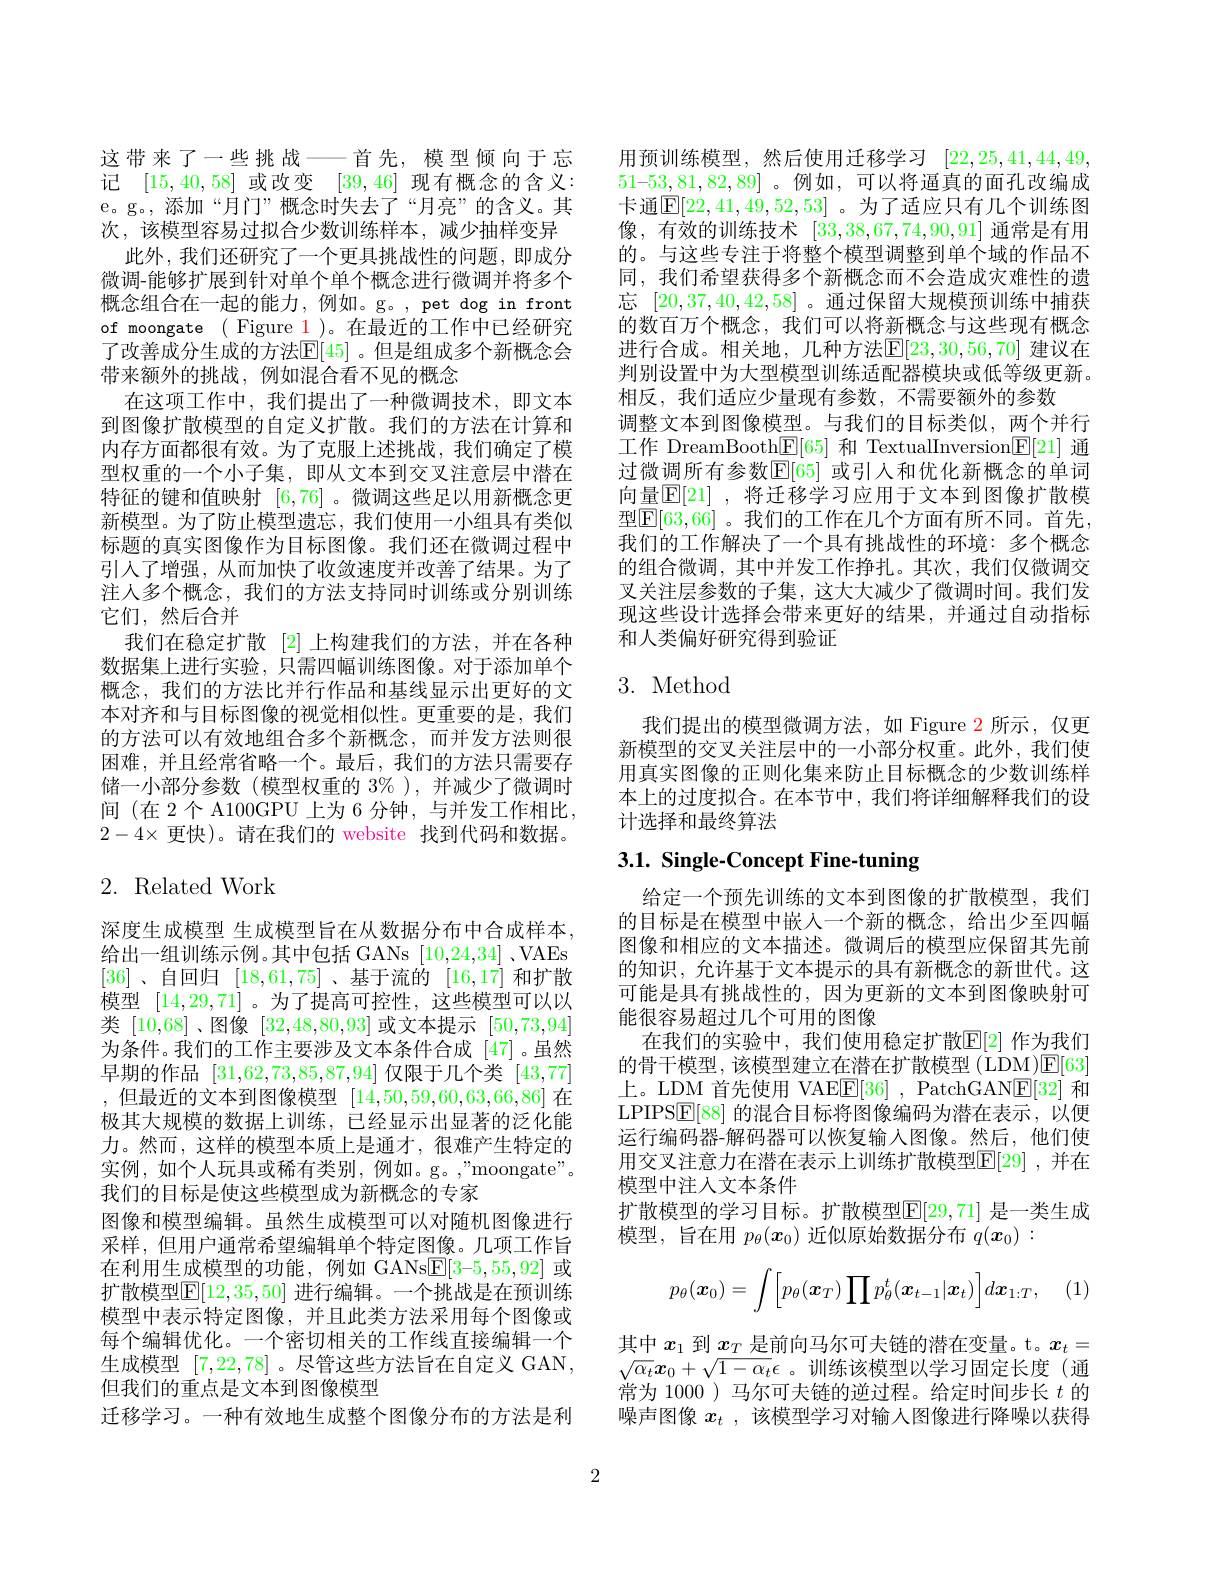
这带来了一些挑战——首先，模型倾向于忘记[15,40,58]或改变[39,46]现有概念的含义： e。g。,添加“月门”概念时失去了“月亮”的含义。其次，该模型容易过拟合少数训练样本，减少抽样变异
此外，我们还研究了一个更具挑战性的问题，即成分微调-能够扩展到针对单个单个概念进行微调并将多个概念组合在一起的能力，例如。g。,pet dog in front of moongate ( Figure 1)。在最近的工作中已经研究了改善成分生成的方法$\mathbb{E}[45]$ 。但是组成多个新概念会带来额外的挑战，例如混合看不见的概念
在这项工作中，我们提出了一种微调技术，即文本到图像扩散模型的自定义扩散。我们的方法在计算和内存方面都很有效。为了克服上述挑战，我们确定了模型权重的一个小子集，即从文本到交叉注意层中潜在特征的键和值映射[6,76] 。微调这些足以用新概念更新模型。为了防止模型遗忘，我们使用一小组具有类似标题的真实图像作为目标图像。我们还在微调过程中引入了增强，从而加快了收敛速度并改善了结果。为了注人多个概念，我们的方法支持同时训练或分别训练它们，然后合并
我们在稳定扩散 [2] 上构建我们的方法，并在各种数据集上进行实验，只需四幅训练图像。对于添加单个概念，我们的方法比并行作品和基线显示出更好的文本对齐和与目标图像的视觉相似性。更重要的是，我们的方法可以有效地组合多个新概念，而并发方法则很困难，并且经常省略一个。最后，我们的方法只需要存储一小部分参数(模型权重的$3\%)$,并减少了微调时间 (在 2 个 A100GPU 上为 6 分钟，与并发工作相比， $2-4\times$更快)。请在我们的 website 找到代码和数据。

# 2. Related Work

深度生成模型 生成模型旨在从数据分布中合成样本， 给出一组训练示例。其中包括 GANs [10,24,34] 、VAEs [36]、自回归[18,61,75] 、基于流的[16,17]和扩散模型[14,29,71] 。为了提高可控性，这些模型可以以类[10,68] 、图像[32,48,80,93]或文本提示[50,73,94] 为条件。我们的工作主要涉及文本条件合成[47]。虽然早期的作品[31,62,73,85,87,94]仅限于几个类[43,77] ,但最近的文本到图像模型 [14,50,59,60,63,66,86] 在极其大规模的数据上训练，已经显示出显著的泛化能力。然而，这样的模型本质上是通才，很难产生特定的实例，如个人玩具或稀有类别，例如。g。"moongate"。我们的目标是使这些模型成为新概念的专家
图像和模型编辑。虽然生成模型可以对随机图像进行采样，但用户通常希望编辑单个特定图像。几项工作旨在利用生成模型的功能，例如 GANs$\boxed{\mathrm{F}}[3-5,55,92]$或扩散模型$\mathbb{E}[12,35,50]$ 进行编辑。一个挑战是在预训练模型中表示特定图像，并且此类方法采用每个图像或每个编辑优化。一个密切相关的工作线直接编辑一个生成模型[7,22,78] 。尽管这些方法旨在自定义 GAN, 但我们的重点是文本到图像模型
迁移学习。一种有效地生成整个图像分布的方法是利

用预训练模型，然后使用迁移学习[22,25,41,44,49, 51-53,81,82,89]。例如，可以将逼真的面孔改编成卡通$\mathbb{E}[22,41,49,52,53]$ 。为了适应只有几个训练图像，有效的训练技术[33,38,67,74,90,91]通常是有用的。与这些专注于将整个模型调整到单个域的作品不同，我们希望获得多个新概念而不会造成灾难性的遗忘[20,37,40,42,58] 。通过保留大规模预训练中捕获的数百万个概念，我们可以将新概念与这些现有概念进行合成。相关地，几种方法$\mathbb{E}[23,30,56,70]$ 建议在判别设置中为大型模型训练适配器模块或低等级更新。相反，我们适应少量现有参数，不需要额外的参数
调整文本到图像模型。与我们的目标类似，两个并行工作 DreamBooth$\mathbb{E}[65]$和 TextualInversion$\mathbb{E}[21]$通过微调所有参数$\mathbb{E}[65]$ 或引人和优化新概念的单词向量$\overline{\mathbb{E}}[21]$ ,将迁移学习应用于文本到图像扩散模型$\mathbb{E}[63,66]$ 。我们的工作在几个方面有所不同。首先， 我们的工作解决了一个具有挑战性的环境：多个概念的组合微调，其中并发工作挣扎。其次，我们仅微调交叉关注层参数的子集，这大大减少了微调时间。我们发现这些设计选择会带来更好的结果，并通过自动指标和人类偏好研究得到验证

# 3. Method

我们提出的模型微调方法，如 Figure 2 所示，仅更新模型的交叉关注层中的一小部分权重。此外，我们使用真实图像的正则化集来防止目标概念的少数训练样本上的过度拟合。在本节中，我们将详细解释我们的设计选择和最终算法

# 3.1. Single-Concept Fine-tuning

给定一个预先训练的文本到图像的扩散模型，我们的目标是在模型中嵌入一个新的概念，给出少至四幅图像和相应的文本描述。微调后的模型应保留其先前的知识，允许基于文本提示的具有新概念的新世代。这可能是具有挑战性的，因为更新的文本到图像映射可能很容易超过几个可用的图像
在我们的实验中，我们使用稳定扩散$\mathbb{E}[2]$ 作为我们的骨干模型，该模型建立在潜在扩散模型(LDM)$\mathsf{E}[63]$ 上。LDM 首先使用 VAE$\boxed{\mathrm{E} }[ 36]$ , PatchGAN$\boxed{\mathrm{E}}[32]$和LPIPS$\boxed{\mathrm{E}}[88]$的混合目标将图像编码为潜在表示，以便运行编码器-解码器可以恢复输入图像。然后，他们使用交叉注意力在潜在表示上训练扩散模型$\mathbb{E}[29]$ ,并在模型中注人文本条件
扩散模型的学习目标。扩散模型$\mathbb{E}[29,71]$ 是一类生成
模型，旨在用$p_\theta(\boldsymbol{x}_0)$近似原始数据分布$q(\boldsymbol{x}_0):$
$$p_\theta(\boldsymbol{x}_0)=\int\Big[p_\theta(\boldsymbol{x}_T)\prod p_\theta^t(\boldsymbol{x}_{t-1}|\boldsymbol{x}_t)\Big]d\boldsymbol{x}_{1:T},$$
(1)

其中$x_1$到$\underline x_T$是前向马尔可夫链的潜在变量。t。$x_t=$ $\sqrt{\alpha_t}\boldsymbol{x}_0+\sqrt{1-\alpha_t}\epsilon$。训练该模型以学习固定长度(通常为 1000 ) 马尔可夫链的逆过程。给定时间步长$t$的噪声图像$x_t$ ,该模型学习对输入图像进行降噪以获得

2